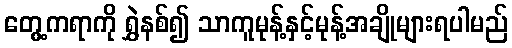
တွေ့ကရာကို ရွှဲနစ်၍ သာကူမုန့်နှင့်မုန့်အချိုများရပါမည်